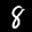
Label: 8